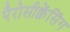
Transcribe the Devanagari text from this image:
पैरोसीक्वेंसिंग